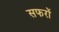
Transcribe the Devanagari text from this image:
सफरों